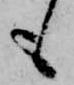
も